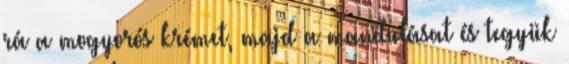
rá a mogyorós krémet, majd a mandulásat és tegyük